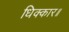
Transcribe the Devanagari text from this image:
धिक्कार॥